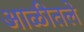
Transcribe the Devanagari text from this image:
आळीतले